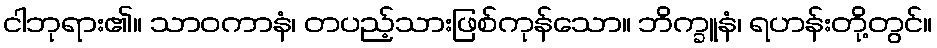
ငါဘုရား၏။ သာဝကာနံ၊ တပည့်သားဖြစ်ကုန်သော။ ဘိက္ခူနံ၊ ရဟန်းတို့တွင်။